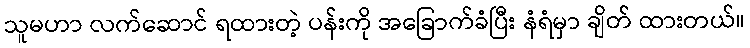
သူမဟာ လက်ဆောင် ရထားတဲ့ ပန်းကို အခြောက်ခံပြီး နံရံမှာ ချိတ် ထားတယ်။